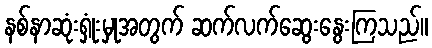
နစ်နာဆုံးရှုံးမှုအတွက် ဆက်လက်ဆွေးနွေးကြသည်။